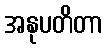
အနုပတိတာ